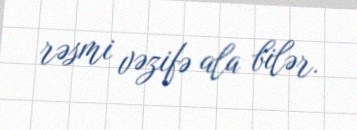
rəsmi vəzifə ala bilər.